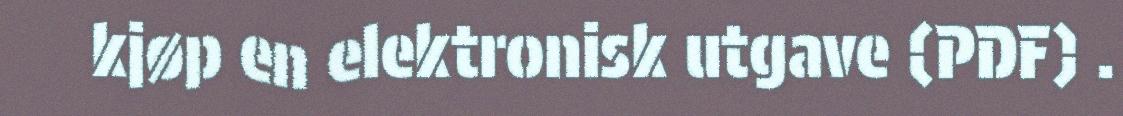
kjøp en elektronisk utgave (PDF) .